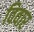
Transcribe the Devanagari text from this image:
विवार